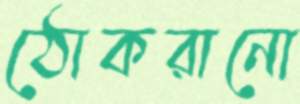
ঠোকরানো